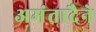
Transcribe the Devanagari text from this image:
अमंतादैने